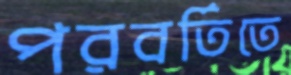
পরবর্তিতে